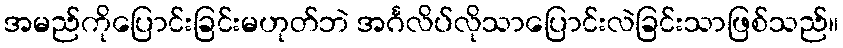
အမည်ကိုပြောင်းခြင်းမဟုတ်ဘဲ အင်္ဂလိပ်လိုသာပြောင်းလဲခြင်းသာဖြစ်သည်။